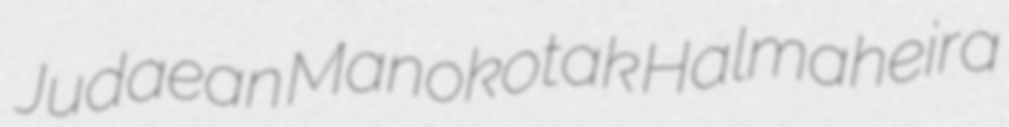
Judaean Manokotak Halmaheira